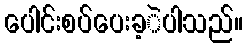
ပေါင်းစပ်ပေးခ့ဲပါသည်။